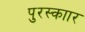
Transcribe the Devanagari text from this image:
पुरस्काार